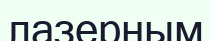
лазерным